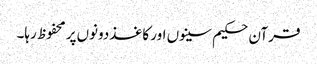
قرآن حکیم سینوں اور کاغذ‌دونوں‌پر محفوظ رہا۔